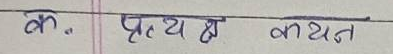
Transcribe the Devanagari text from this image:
क. प्रत्याख्यान